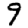
Digit: 9